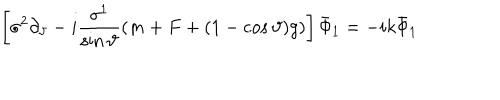
\left[ \sigma ^ { 2 } \partial _ { \vartheta } - i \frac { \sigma ^ { 1 } } { \sin \vartheta } ( m + F + ( 1 - \cos \vartheta ) g ) \right] \bar { \Phi } _ { 1 } = - i k \bar { \Phi } _ { 1 }